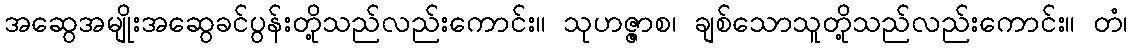
အဆွေအမျိုးအဆွေခင်ပွန်းတို့သည်လည်းကောင်း။ သုဟဇ္ဇာစ၊ ချစ်သောသူတို့သည်လည်းကောင်း။ တံ၊